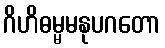
ဂိဟိဓမ္မမနုပဂတော